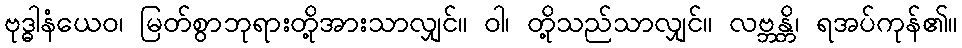
ဗုဒ္ဓါနံယေဝ၊ မြတ်စွာဘုရားတို့အားသာလျှင်။ ဝါ၊ တို့သည်သာလျှင်။ လဗ္ဘန္တိ၊ ရအပ်ကုန်၏။